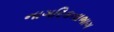
નાગરિકતાભાગ